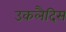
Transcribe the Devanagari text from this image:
उकलैदिस